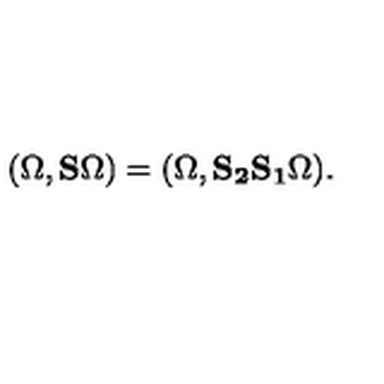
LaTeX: ( \Omega , { \bf S } \Omega ) = ( \Omega , { \bf S _ { 2 } S _ { 1 } } \Omega ) .